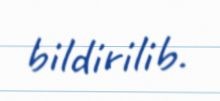
bildirilib.